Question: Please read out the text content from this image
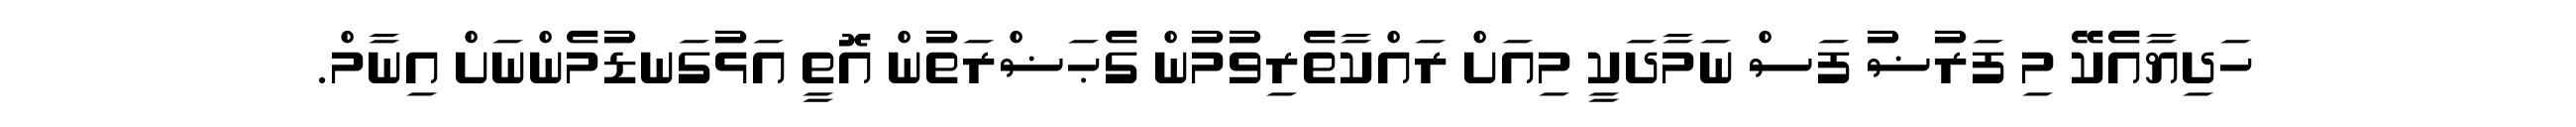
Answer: ހަދިޔާއެކޭ މި ފަރުޟު ފަސް ނަމާދަކީ މިއަށް ރައްކާތެރިވުމުން ގެޙަޟްރަތުން އޮތީ އަޅުގަނޑުމެންނަށް އިނާމް.